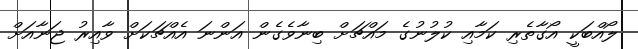
ލޯއްބަކީ އޯގާތެރި ކަމާއި ކުލުނުގެ މައްޗަށް ބިނާވެގެން އަންނަ އެއްޗަކަށް ވާއިރު ޖަނާއަށް